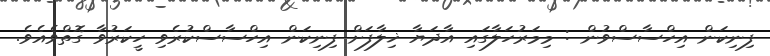
ފިނިކަން އިހްސާސްވުން : މިމަރުހަލާގައި އާދަޔާ ޚިލާފަށް ފިނިކަން އިހްސާސްކުރެވި ހީކަރުވާ ގޮތްވެއެވެ.